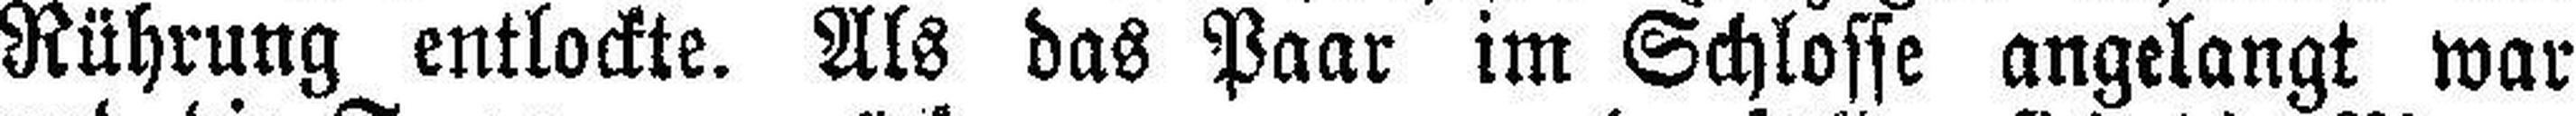
Rührung entlockte. Als das Paar im Schlosse angelangt war